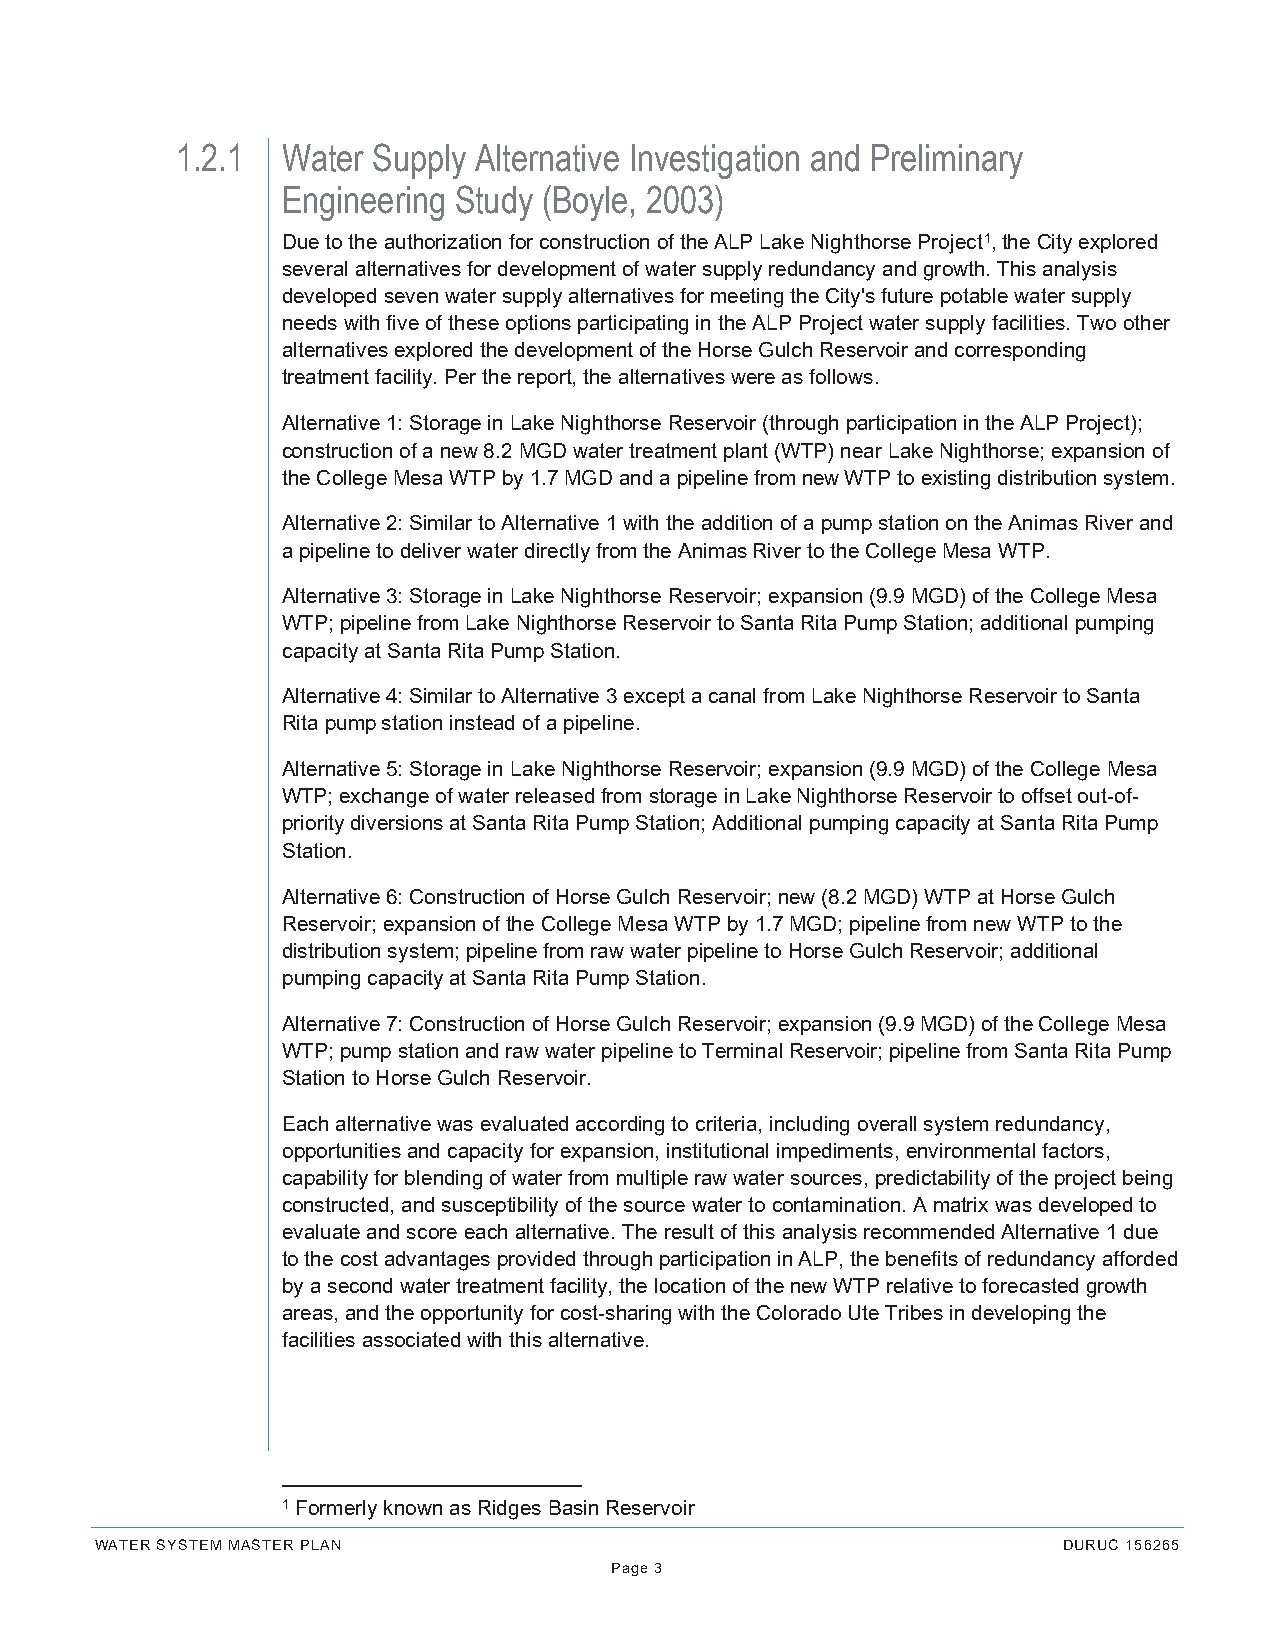
1.2.1  Water Supply Alternative Investigation and Preliminary
 Engineering Study (Boyle, 2003)
 Due to the authorization for construction of the ALP Lake Nighthorse Project1, the City explored
 several alternatives for development of water supply redundancy and growth. This analysis
 developed seven water supply alternatives for meeting the City's future potable water supply
 needs with five of these options participating in the ALP Project water supply facilities. Two other
 alternatives explored the development of the Horse Gulch Reservoir and corresponding
 treatment facility. Per the report, the alternatives were as follows.
 Alternative 1: Storage in Lake Nighthorse Reservoir (through participation in the ALP Project);
 construction of a new 8.2 MGD water treatment plant (WTP) near Lake Nighthorse; expansion of
 the College Mesa WTP by 1.7 MGD and a pipeline from new WTP to existing distribution system.
 Alternative 2: Similar to Alternative 1 with the addition of a pump station on the Animas River and
 a pipeline to deliver water directly from the Animas River to the College Mesa WTP.
 Alternative 3: Storage in Lake Nighthorse Reservoir; expansion (9.9 MGD) of the College Mesa
 WTP; pipeline from Lake Nighthorse Reservoir to Santa Rita Pump Station; additional pumping
 capacity at Santa Rita Pump Station.
 Alternative 4: Similar to Alternative 3 except a canal from Lake Nighthorse Reservoir to Santa
 Rita pump station instead of a pipeline.
 Alternative 5: Storage in Lake Nighthorse Reservoir; expansion (9.9 MGD) of the College Mesa
 WTP; exchange of water released from storage in Lake Nighthorse Reservoir to offset out-of-
 priority diversions at Santa Rita Pump Station; Additional pumping capacity at Santa Rita Pump
 Station.
 Alternative 6: Construction of Horse Gulch Reservoir; new (8.2 MGD) WTP at Horse Gulch
 Reservoir; expansion of the College Mesa WTP by 1.7 MGD; pipeline from new WTP to the
 distribution system; pipeline from raw water pipeline to Horse Gulch Reservoir; additional
 pumping capacity at Santa Rita Pump Station.
 Alternative 7: Construction of Horse Gulch Reservoir; expansion (9.9 MGD) of the College Mesa
 WTP; pump station and raw water pipeline to Terminal Reservoir; pipeline from Santa Rita Pump
 Station to Horse Gulch Reservoir.
 Each alternative was evaluated according to criteria, including overall system redundancy,
 opportunities and capacity for expansion, institutional impediments, environmental factors,
 capability for blending of water from multiple raw water sources, predictability of the project being
 constructed, and susceptibility of the source water to contamination. A matrix was developed to
 evaluate and score each alternative. The result of this analysis recommended Alternative 1 due
 to the cost advantages provided through participation in ALP, the benefits of redundancy afforded
 by a second water treatment facility, the location of the new WTP relative to forecasted growth
 areas, and the opportunity for cost-sharing with the Colorado Ute Tribes in developing the
 facilities associated with this alternative.
 1 Formerly known as Ridges Basin Reservoir
 WATER SYSTEM MASTER PLAN                                        DURUC 156265
 Page 3